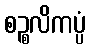
စဉ္စလိကပ္ပံ